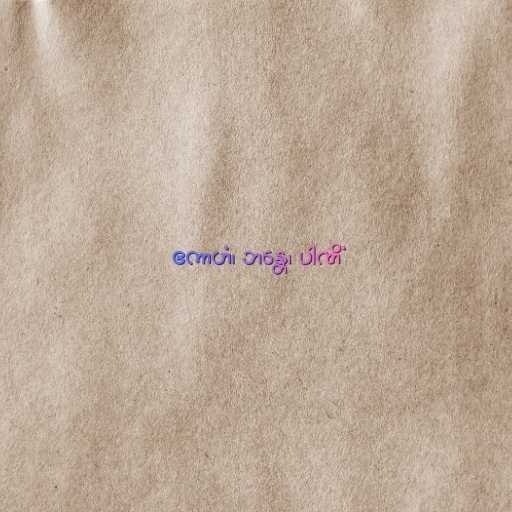
ဧကာဟံ၊ ဘန္တေ၊ ပါဏိံ